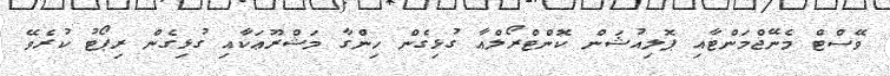
ވޭސްޓް މެނޭޖްމަންޓާއި ޕޮލިއުޝަން ކޮންޓްރޯލްއާ ގުޅިގެން ހިންގާ މަޝްރޫޢަކާއި ގުޅިގެން ރިޕޯޓު ކުރެވޭ